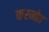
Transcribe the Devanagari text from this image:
करनोत